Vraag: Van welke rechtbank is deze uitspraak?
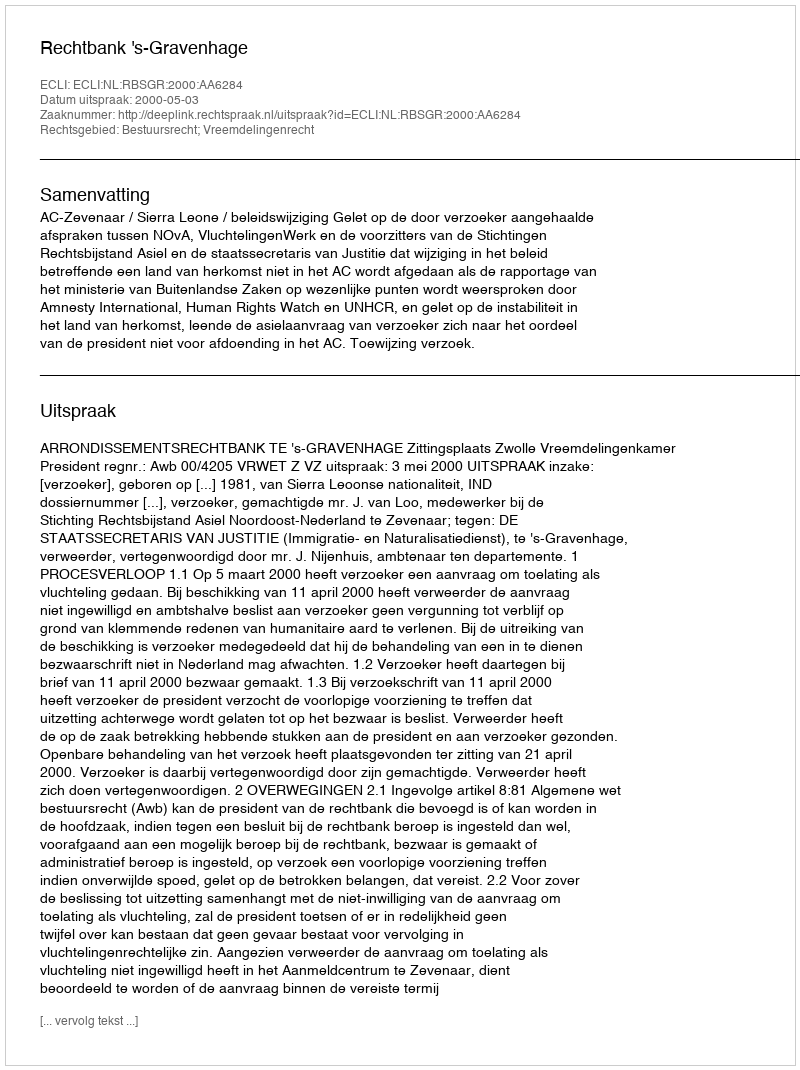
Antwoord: Rechtbank 's-Gravenhage